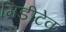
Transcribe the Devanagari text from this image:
मिडीटेक